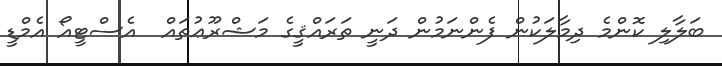
ބަލާލި ކޮންމެ ދިމާލަކުން ފެންނަމުން ދަނީ ތަރައްޤީގެ މަޝްރޫޢުތައް  އެސްޓީއޯ އެމްޑީ